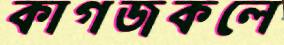
কাগজকলে